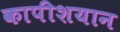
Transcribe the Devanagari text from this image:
कापीशयान